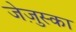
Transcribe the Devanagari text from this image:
जेज़ुस्का